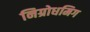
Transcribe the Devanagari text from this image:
निग्रोधमिग